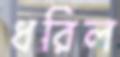
ধরিল